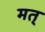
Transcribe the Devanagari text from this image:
मत्